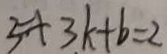
5 + 3 k + b = 2